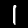
Label: 1